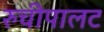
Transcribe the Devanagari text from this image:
रुचीपालट